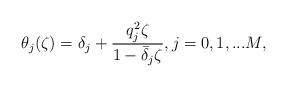
LaTeX: \begin{align*}\theta_j(\zeta)=\delta_j+\frac{q_j^2 \zeta}{1-\bar{\delta}_j\zeta}, j=0,1,...M,\end{align*}